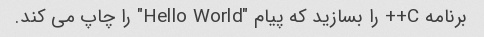
برنامه C++ را بسازید که پیام "Hello World" را چاپ می کند.